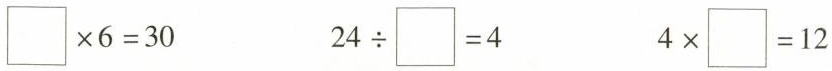
$$\Box \times 6 = 3 0$$ $$2 4 \div \Box 4$$ $$4 \times \Box = 1 2